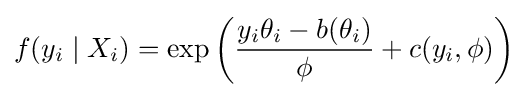
f(y_{i}\mid X_{i})=\exp \left({\frac {y_{i}\theta _{i}-b(\theta _{i})}{\phi }}+c(y_{i},\phi )\right)